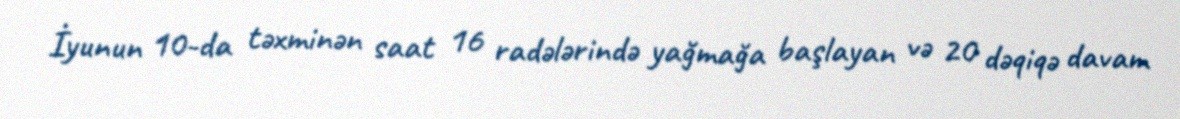
İyunun 10-da təxminən saat 16 radələrində yağmağa başlayan və 20 dəqiqə davam